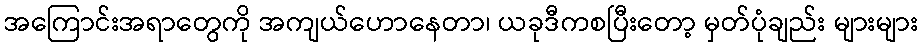
အကြောင်းအရာတွေကို အကျယ်ဟောနေတာ၊ ယခုဒီကစပြီးတော့ မှတ်ပုံချည်း များများ